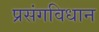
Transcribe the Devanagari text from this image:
प्रसंगविधान